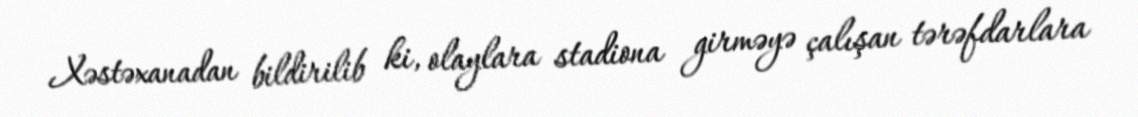
Xəstəxanadan bildirilib ki, olaylara stadiona girməyə çalışan tərəfdarlara